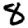
Digit: 8